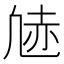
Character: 𫥠